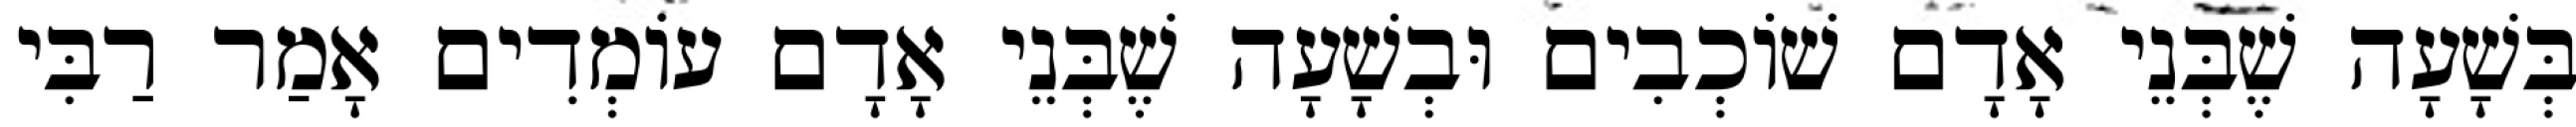
בְּשָׁעָה שֶׁבְּנֵי אָדָם שׁוֹכְבִים וּבְשָׁעָה שֶׁבְּנֵי אָדָם עוֹמְדִים אָמַר רַבִּי